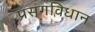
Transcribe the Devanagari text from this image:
प्रसंगविधान